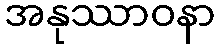
အနုဿာဝနာ